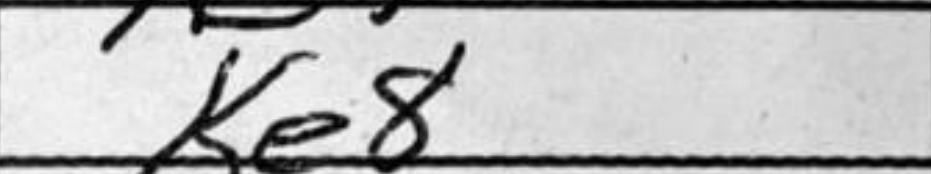
Transcription: Ke8